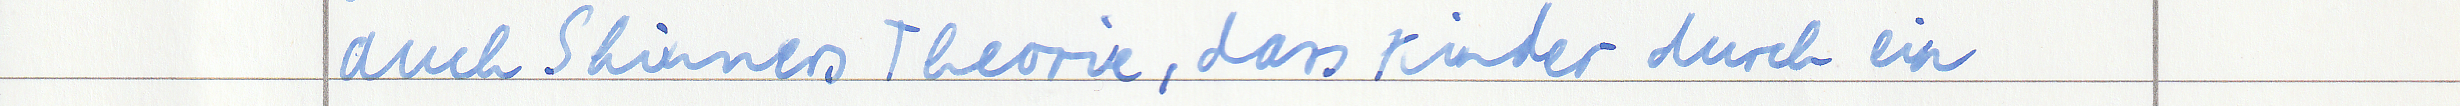
auch Skinners Theorie, dass Kinder durch ein